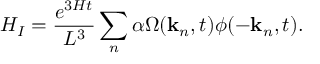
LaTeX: H _ { I } = \frac { e ^ { 3 H t } } { L ^ { 3 } } \sum _ { n } \alpha \Omega ( { \bf k } _ { n } , t ) \phi ( - { \bf k } _ { n } , t ) .